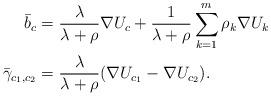
LaTeX: \begin{align*}\bar{b}_{c} & =\frac{\lambda}{\lambda+\rho}\nabla U_{c}+\frac{1}{\lambda+\rho}\sum_{k=1}^{m}\rho_{k}\nabla U_{k}\\\bar{\gamma}_{c_{1},c_{2}} & =\frac{\lambda}{\lambda+\rho}(\nabla U_{c_{1}}-\nabla U_{c_{2}}).\end{align*}